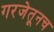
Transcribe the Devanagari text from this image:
गरजेतूनच